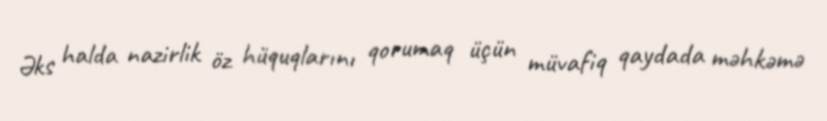
Əks halda nazirlik öz hüquqlarını qorumaq üçün müvafiq qaydada məhkəmə